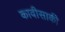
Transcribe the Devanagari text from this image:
कावीसाकी